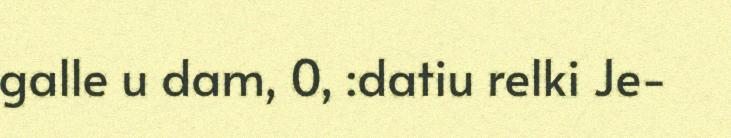
galle u dam, 0, :datiu relki Je-